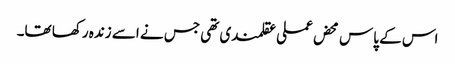
اس کے پاس محض عملی عقلمندی تھی جس نے اسے زندہ رکھا تھا۔